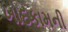
ખોદકામની